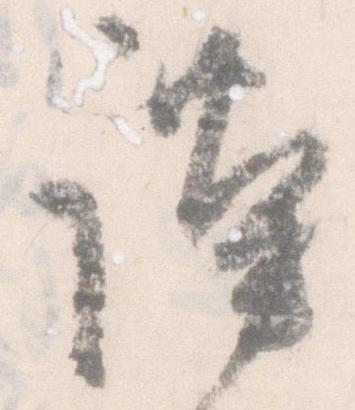
謹